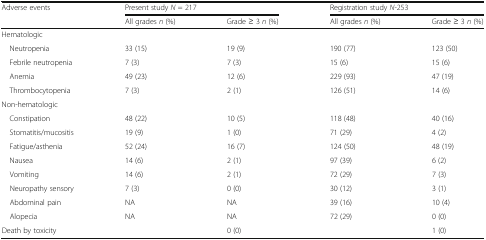
<table><thead><tr><td rowspan="2"><b>Adverse events</b></td><td colspan="2"><b>Present study <i>N</i> = 217</b></td><td colspan="2"><b>Registration study <i>N</i>-253</b></td></tr><tr><td><b>All grades <i>n</i> (%)</b></td><td><b>Grade ≥ 3 <i>n</i> (%)</b></td><td><b>All grades <i>n</i> (%)</b></td><td><b>Grade ≥ 3 <i>n</i> (%)</b></td></tr></thead><tbody><tr><td colspan="5">Hematologic</td></tr><tr><td> Neutropenia</td><td>33 (15)</td><td>19 (9)</td><td>190 (77)</td><td>123 (50)</td></tr><tr><td> Febrile neutropenia</td><td>7 (3)</td><td>7 (3)</td><td>15 (6)</td><td>15 (6)</td></tr><tr><td> Anemia</td><td>49 (23)</td><td>12 (6)</td><td>229 (93)</td><td>47 (19)</td></tr><tr><td> Thrombocytopenia</td><td>7 (3)</td><td>2 (1)</td><td>126 (51)</td><td>14 (6)</td></tr><tr><td colspan="5">Non-hematologic</td></tr><tr><td> Constipation</td><td>48 (22)</td><td>10 (5)</td><td>118 (48)</td><td>40 (16)</td></tr><tr><td> Stomatitis/mucositis</td><td>19 (9)</td><td>1 (0)</td><td>71 (29)</td><td>4 (2)</td></tr><tr><td> Fatigue/asthenia</td><td>52 (24)</td><td>16 (7)</td><td>124 (50)</td><td>48 (19)</td></tr><tr><td> Nausea</td><td>14 (6)</td><td>2 (1)</td><td>97 (39)</td><td>6 (2)</td></tr><tr><td> Vomiting</td><td>14 (6)</td><td>2 (1)</td><td>72 (29)</td><td>7 (3)</td></tr><tr><td> Neuropathy sensory</td><td>7 (3)</td><td>0 (0)</td><td>30 (12)</td><td>3 (1)</td></tr><tr><td> Abdominal pain</td><td>NA</td><td>NA</td><td>39 (16)</td><td>10 (4)</td></tr><tr><td> Alopecia</td><td>NA</td><td>NA</td><td>72 (29)</td><td>0 (0)</td></tr><tr><td>Death by toxicity</td><td></td><td>0 (0)</td><td></td><td>1 (0)</td></tr></tbody></table>